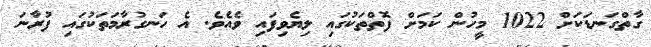
ގާތްގަނޑަކަށް 1022 މީހުން ކަމަށް ފޮތްތަކުގައި ލިޔެވިފައި ވެއެވެ. އެ ހަނގުރާމަތަކުގައި ފުރާނަ